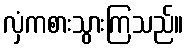
လှံကစားသွားကြသည်။